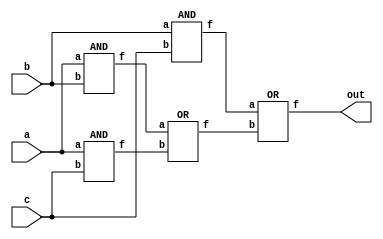
`timescale 1ns/1ps

module Majority(a, b, c, out);
input a, b, c;
output out;

wire w0, w1, w2, w3;

AND and_a_b(w0, a, b);
AND and_a_c(w1, a, c);
AND and_b_c(w2, b, c);
OR or_w0_w1(w3, w0, w1);
OR or_w2_w3(out, w2, w3);

endmodule


module AND(f, a, b);
input a,b;
output f;

wire w0;

nand nand_a_b(w0, a, b);
nand not_w0(f, w0, w0);

endmodule

module OR(f, a, b);
input a,b;
output f;

wire w0, w1;

NOT not_a(w0, a);
NOT not_b(w1, b);
nand nand_w0_w1(f, w0, w1);

endmodule

module NOT(f, a);
input a;
output f;

nand not_a(f, a, a);

endmodule